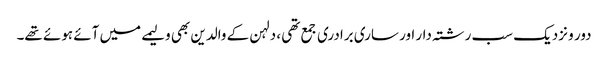
دور و نزدیک سب رشتہ دار اور ساری برادری جمع تھی ، دلہن کے والدین بھی ولیمے میں آئے ہوئے تھے۔